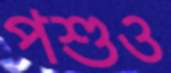
পশুও